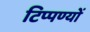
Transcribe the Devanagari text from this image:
टिप्पण्यों